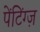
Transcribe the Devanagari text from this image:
पेंटिंग्ज़